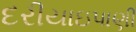
દરીયાઇપાણી